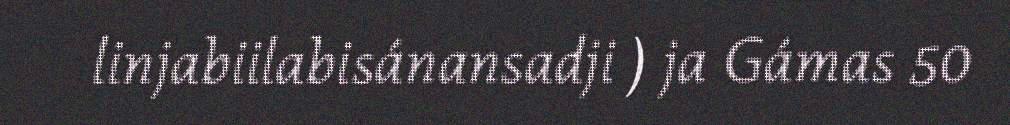
linjabiilabisánansadji ) ja Gámas 50